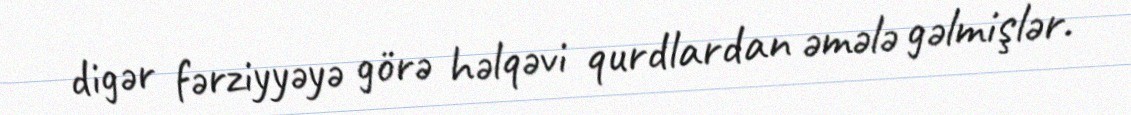
digər fərziyyəyə görə həlqəvi qurdlardan əmələ gəlmişlər.